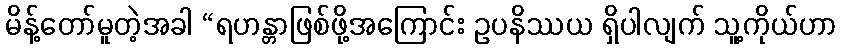
မိန့်တော်မူတဲ့အခါ “ရဟန္တာဖြစ်ဖို့အကြောင်း ဥပနိဿယ ရှိပါလျက် သူ့ကိုယ်ဟာ